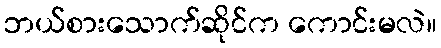
ဘယ်စားသောက်ဆိုင်က ကောင်းမလဲ။